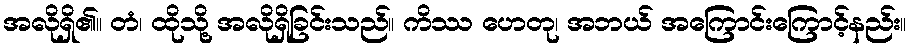
အလိုရှိ၏။ တံ၊ ထိုသို့ အလိုရှိခြင်းသည်။ ကိဿ ဟေတု၊ အဘယ် အကြောင်းကြောင့်နည်း။